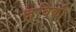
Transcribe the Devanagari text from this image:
ज़्विकी